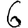
Digit: 6